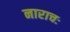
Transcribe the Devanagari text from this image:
नाराचः